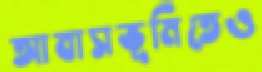
আবাসভূমিতেও